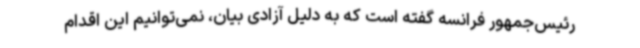
رئیس‌جمهور فرانسه گفته است که به دلیل آزادی بیان، نمی‌توانیم این اقدام